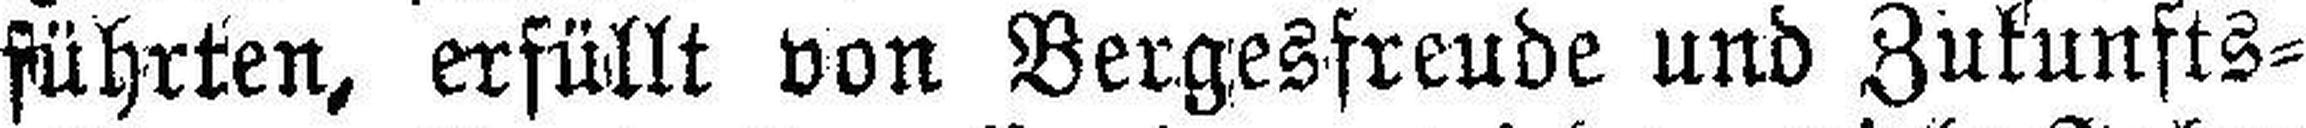
führten, erfüllt von Bergesfreude und Zukunfts¬